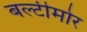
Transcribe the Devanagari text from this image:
बल्टीमोर